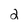
Character: 2